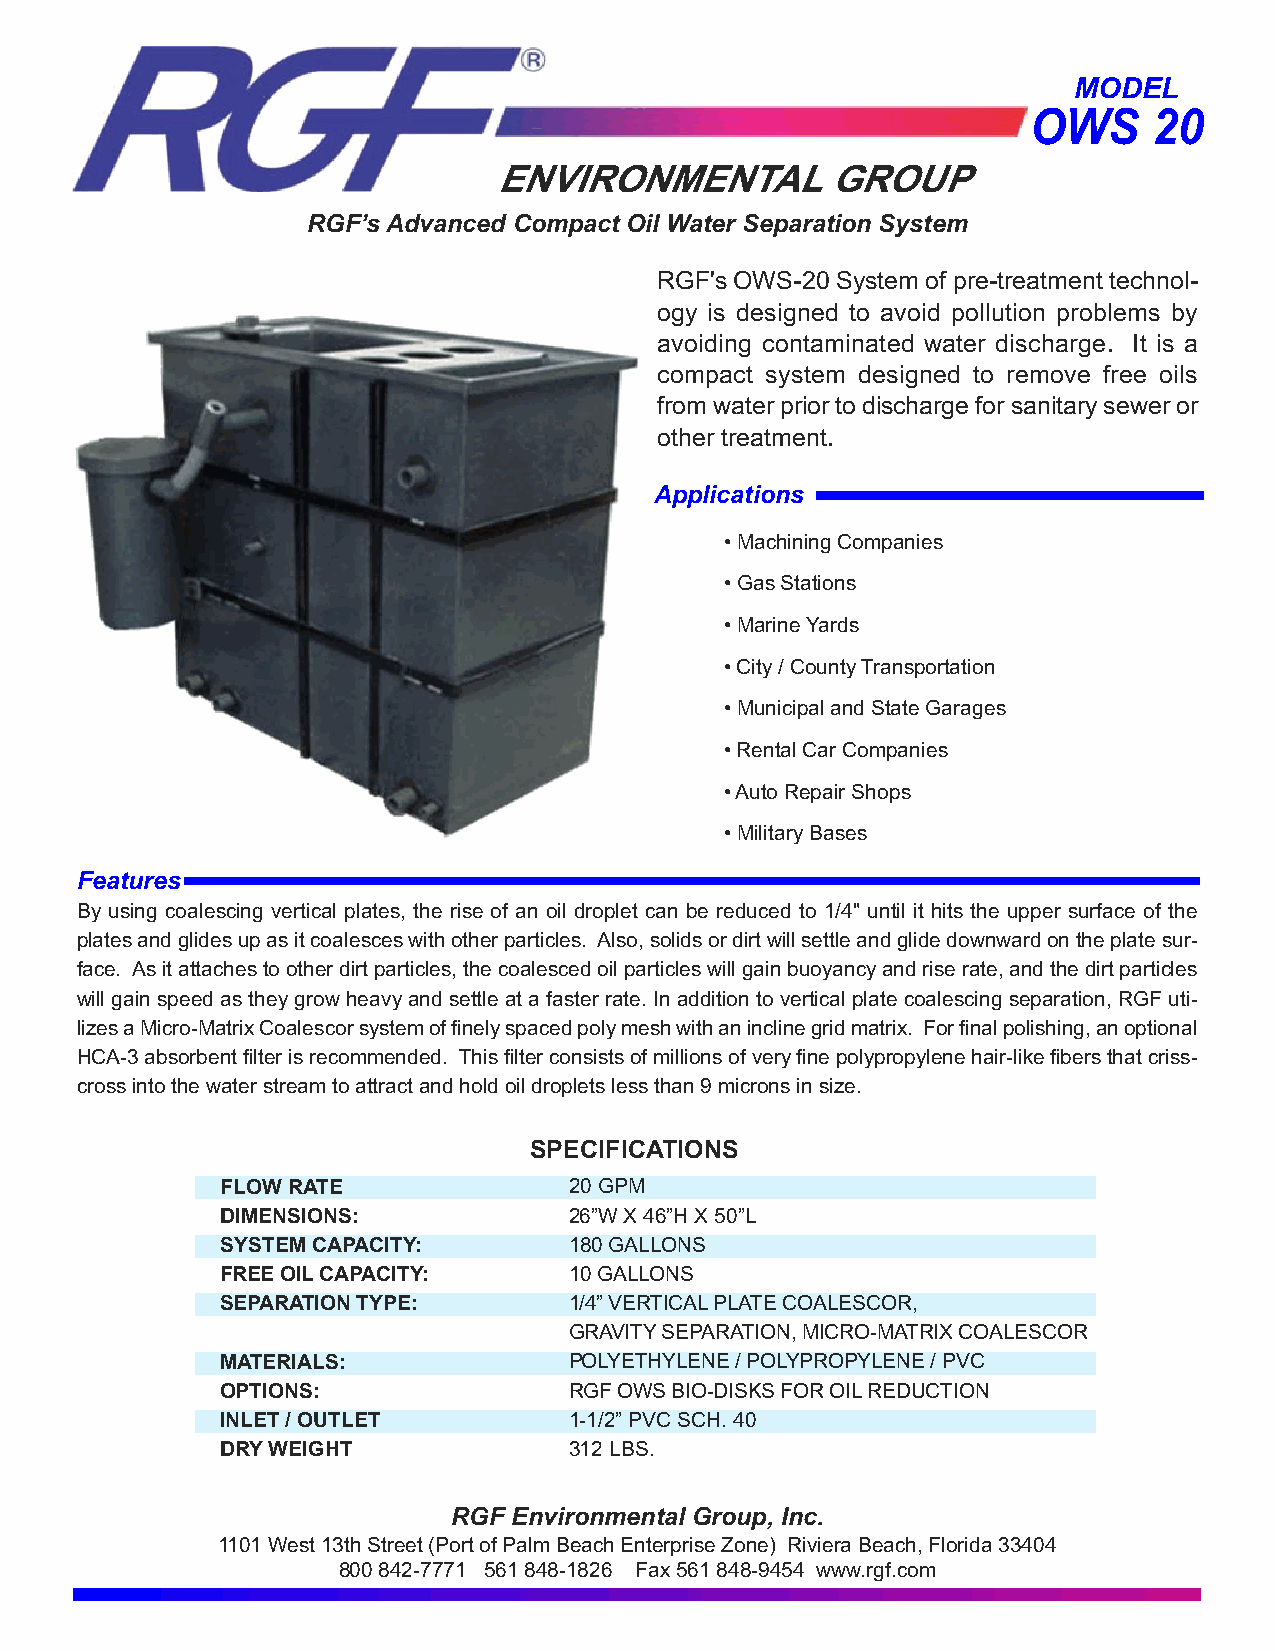
MODEL
 OWS     20
 ENVIRONMENTAL         GROUP
 RGF’s Advanced Compact Oil Water Separation System
 RGF's OWS-20 System of pre-treatment technol-
 ogy is designed to avoid pollution problems by
 avoiding contaminated water discharge. It is a
 compact system designed to remove free oils
 from water prior to discharge for sanitary sewer or
 other treatment.
 Applications
 • Machining Companies
 • Gas Stations
 • Marine Yards
 • City / County Transportation
 • Municipal and State Garages
 • Rental Car Companies
 • Auto Repair Shops
 • Military Bases
 Features
 By using coalescing vertical plates, the rise of an oil droplet can be reduced to 1/4" until it hits the upper surface of the
 plates and glides up as it coalesces with other particles. Also, solids or dirt will settle and glide downward on the plate sur-
 face. As it attaches to other dirt particles, the coalesced oil particles will gain buoyancy and rise rate, and the dirt particles
 will gain speed as they grow heavy and settle at a faster rate. In addition to vertical plate coalescing separation, RGF uti-
 lizes a Micro-Matrix Coalescor system of finely spaced poly mesh with an incline grid matrix. For final polishing, an optional
 HCA-3 absorbent filter is recommended. This filter consists of millions of very fine polypropylene hair-like fibers that criss-
 cross into the water stream to attract and hold oil droplets less than 9 microns in size.
 SPECIFICATIONS
 FLOW RATE              20 GPM
 DIMENSIONS:            26”W X 46”H X 50”L
 SYSTEM CAPACITY:       180 GALLONS
 FREE OIL CAPACITY:     10 GALLONS
 SEPARATION TYPE:       1/4” VERTICAL PLATE COALESCOR,
 GRAVITY SEPARATION, MICRO-MATRIX COALESCOR
 MATERIALS:             POLYETHYLENE / POLYPROPYLENE / PVC
 OPTIONS:               RGF OWS BIO-DISKS FOR OIL REDUCTION
 INLET / OUTLET         1-1/2” PVC SCH. 40
 DRY WEIGHT             312 LBS.
 RGF Environmental Group, Inc.
 1101 West 13th Street (Port of Palm Beach Enterprise Zone) Riviera Beach, Florida 33404
 800 842-7771 561 848-1826 Fax 561 848-9454 www.rgf.com